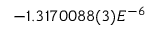
- 1 . 3 1 7 0 0 8 8 ( 3 ) E ^ { - 6 }